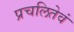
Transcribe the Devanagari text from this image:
प्रचलितेवं